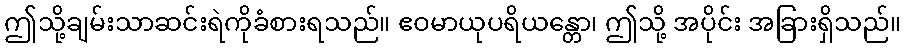
ဤသို့ချမ်းသာဆင်းရဲကိုခံစားရသည်။ ဧဝမာယုပရိယန္တော၊ ဤသို့ အပိုင်း အခြားရှိသည်။